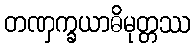
တဏှက္ခယာဓိမုတ္တဿ